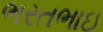
ભરતભાઇ